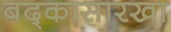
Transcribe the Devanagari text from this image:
बद्कासारखा